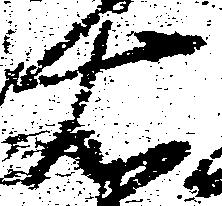
右